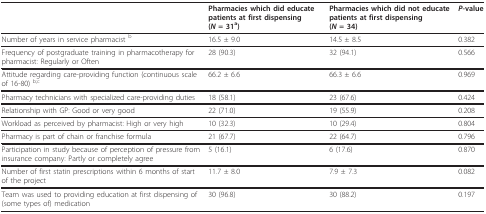
<table><thead><tr><td></td><td><b>Pharmacies which did educate patients at first dispensing (<i>N </i>= 31<sup>a</sup>)</b></td><td><b>Pharmacies which did not educate patients at first dispensing (<i>N </i>= 34)</b></td><td><b><i>P</i>-value</b></td></tr></thead><tbody><tr><td>Number of years in service pharmacist <sup>b</sup></td><td>16.5 ± 9.0</td><td>14.5 ± 8.5</td><td>0.382</td></tr><tr><td>Frequency of postgraduate training in pharmacotherapy for pharmacist: Regularly or Often</td><td>28 (90.3)</td><td>32 (94.1)</td><td>0.566</td></tr><tr><td>Attitude regarding care-providing function (continuous scale of 16-80) <sup>b;c</sup></td><td>66.2 ± 6.6</td><td>66.3 ± 6.6</td><td>0.969</td></tr><tr><td>Pharmacy technicians with specialized care-providing duties</td><td>18 (58.1)</td><td>23 (67.6)</td><td>0.424</td></tr><tr><td>Relationship with GP: Good or very good</td><td>22 (71.0)</td><td>19 (55.9)</td><td>0.208</td></tr><tr><td>Workload as perceived by pharmacist: High or very high</td><td>10 (32.3)</td><td>10 (29.4)</td><td>0.804</td></tr><tr><td>Pharmacy is part of chain or franchise formula</td><td>21 (67.7)</td><td>22 (64.7)</td><td>0.796</td></tr><tr><td>Participation in study because of perception of pressure from insurance company: Partly or completely agree</td><td>5 (16.1)</td><td>6 (17.6)</td><td>0.870</td></tr><tr><td>Number of first statin prescriptions within 6 months of start of the project</td><td>11.7 ± 8.0</td><td>7.9 ± 7.3</td><td>0.082</td></tr><tr><td>Team was used to providing education at first dispensing of (some types of) medication</td><td>30 (96.8)</td><td>30 (88.2)</td><td>0.197</td></tr></tbody></table>